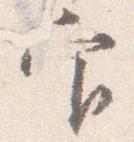
官